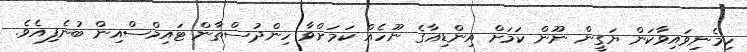
ހިމެނިވައިވާކަން ޔަގީން ނޫން ކަމަށް އިންޑިއާގެ ނޫހެއް ކަމަށްވާ ހިންދުސްތާން ޓައިމްސްއިން ބުނެފިއެވެ.